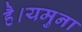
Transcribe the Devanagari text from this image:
है।यमुना